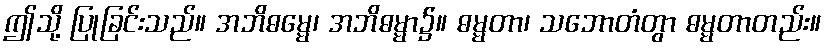
ဤသို့ ပြုခြင်းသည်။ အဘိဓမ္မေ၊ အဘိဓမ္မာ၌။ ဓမ္မတာ၊ သဘောတံတွာ ဓမ္မတာတည်း။